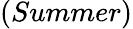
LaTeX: \left(Summer\right)